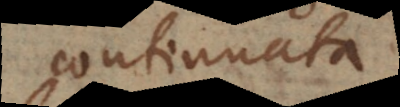
continuata